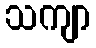
သကျာ